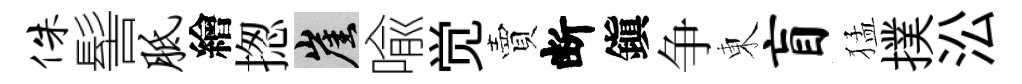
侏髻胝繪揔崖喩觉賣断鎭争東盲猛撲㳂